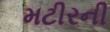
મટીરની